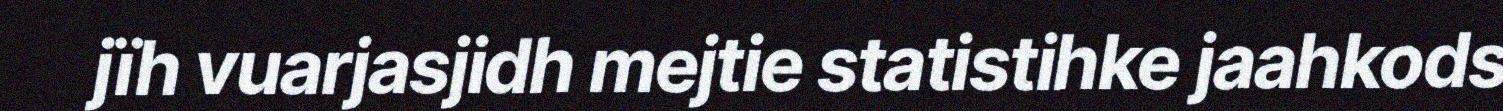
jïh vuarjasjidh mejtie statistihke jaahkods